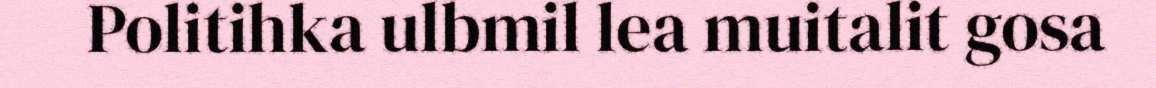
Politihka ulbmil lea muitalit gosa